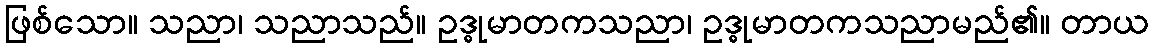
ဖြစ်သော။ သညာ၊ သညာသည်။ ဥဒ္ဓုမာတကသညာ၊ ဥဒ္ဓုမာတကသညာမည်၏။ တာယ